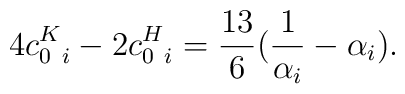
4 c_{0\ i}^{K} - 2 c_{0\ i}^{H}={13\over 6}({1\over \alpha_i}-\alpha_i).